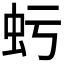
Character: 𧈯